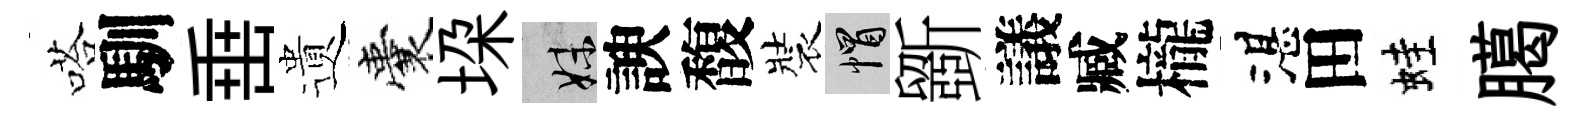
嗒馴𡸁遺囊垜妹諛馥裝帽斵議臧櫳湛田蛙臈